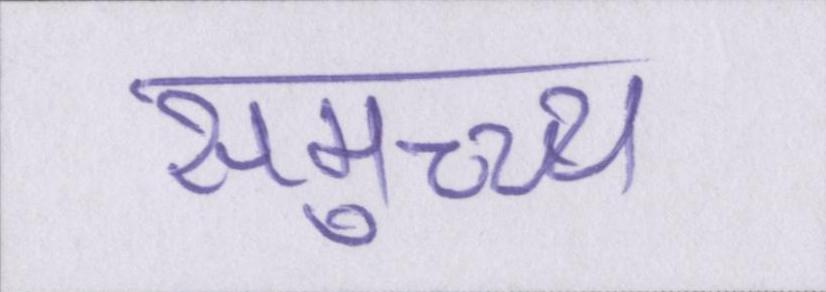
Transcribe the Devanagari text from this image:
समुच्च्य